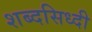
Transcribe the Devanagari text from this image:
शब्दसिध्दी